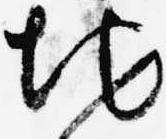
地